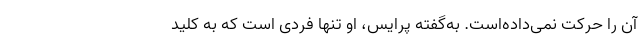
آن را حرکت نمی‌داده‌است. به‌گفته پرایس، او تنها فردی است که به کلید